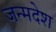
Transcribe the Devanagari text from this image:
जन्मदेश